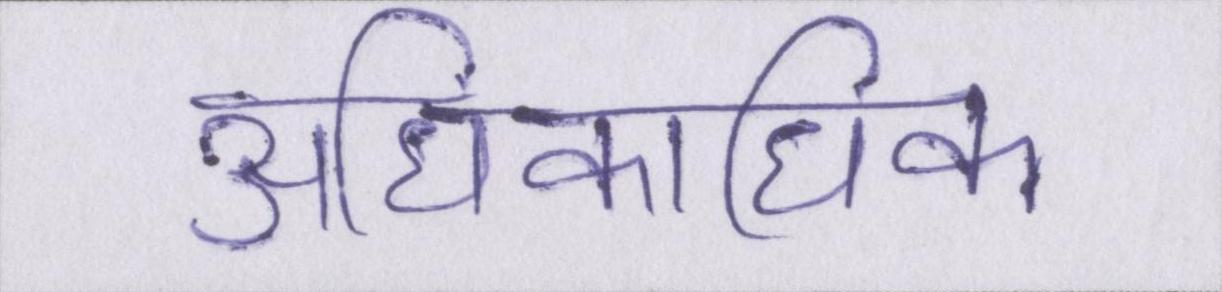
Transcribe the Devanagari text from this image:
अधिकाधिक